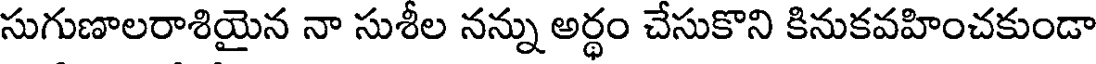
సుగుణాలరాశియైన నా సుశీల నన్ను అర్థం చేసుకొని కినుకవహించకుండా